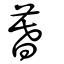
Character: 暮